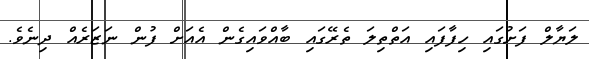
ލަޔާލް ފަށުގައި ހިފާފައި އަތްތިލަ ތެރޭގައި ބާއްވައިގެން އެއަށް ފުން ނަޒަރެއް ދިނެވެ.